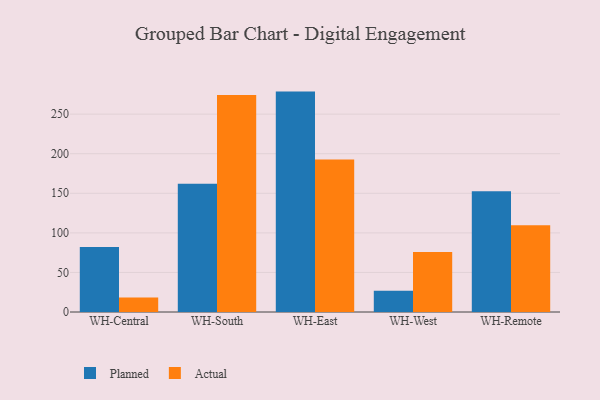
{"axis": {"x": "Warehouse", "y": "Energy Usage (MWh)"}, "legend": ["Actual", "Planned"], "data": [{"x": "WH-Central", "y": 82.1, "type": "Planned"}, {"x": "WH-Central", "y": 18.3, "type": "Actual"}, {"x": "WH-South", "y": 162.1, "type": "Planned"}, {"x": "WH-South", "y": 274.3, "type": "Actual"}, {"x": "WH-East", "y": 278.5, "type": "Planned"}, {"x": "WH-East", "y": 192.8, "type": "Actual"}, {"x": "WH-West", "y": 27.0, "type": "Planned"}, {"x": "WH-West", "y": 75.8, "type": "Actual"}, {"x": "WH-Remote", "y": 152.6, "type": "Planned"}, {"x": "WH-Remote", "y": 109.7, "type": "Actual"}]}